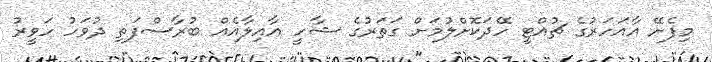
މިފެށޭ އާއަހަރުގެ ޗުއްޓީ ހޭދަކޮށްލުމަށް ގަތަރުގެ ޝާހީ އާއިލާއެއް ބުރާސްފަތި ދުވަހު ހަވީރު